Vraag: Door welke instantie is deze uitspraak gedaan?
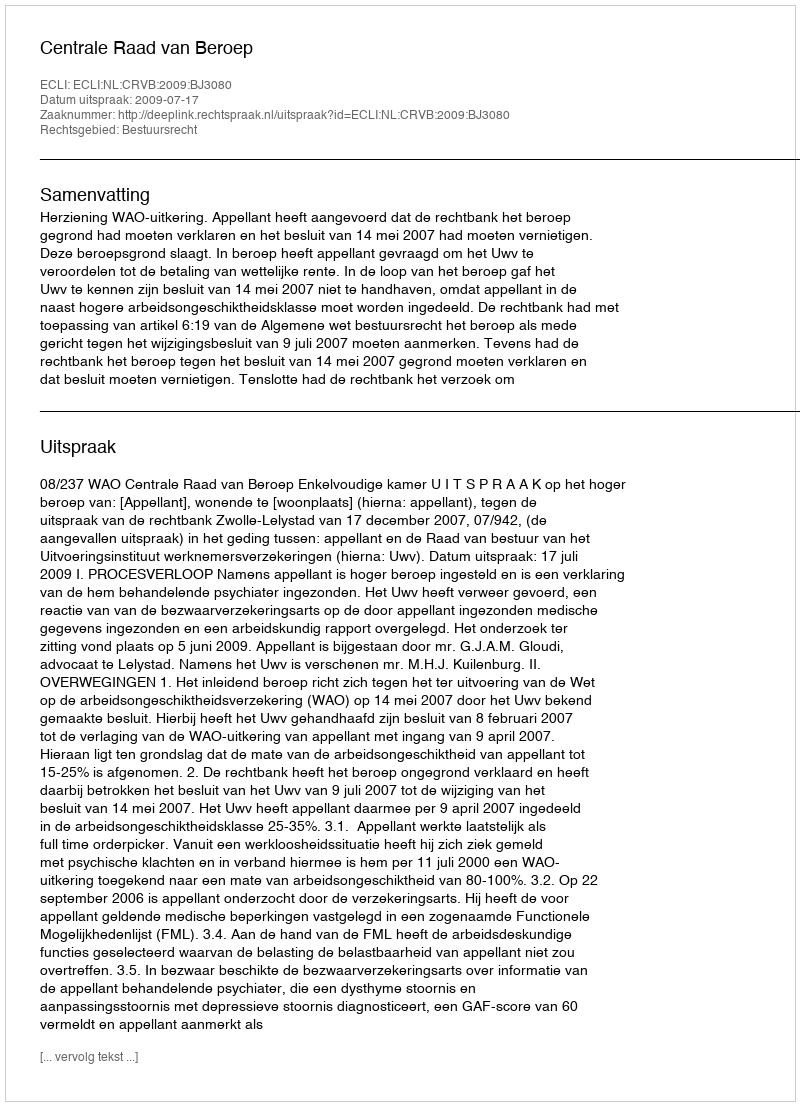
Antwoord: Centrale Raad van Beroep